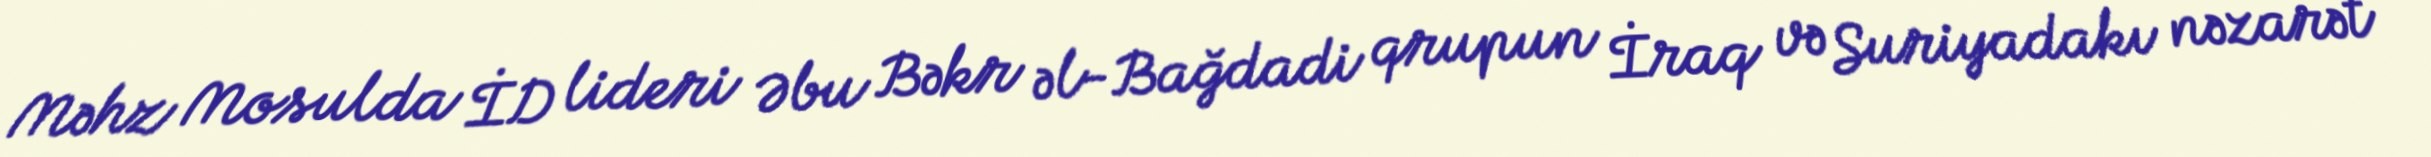
Məhz Mosulda İD lideri Əbu Bəkr əl-Bağdadi qrupun İraq və Suriyadakı nəzarət